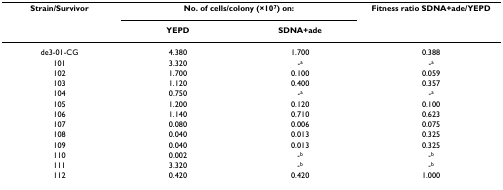
<table><thead><tr><td><b>Strain/Survivor</b></td><td colspan="2"><b>No. of cells/colony (×10<sup>7</sup>) on:</b></td><td><b>Fitness ratio SDNA+ade/YEPD</b></td></tr><tr><td></td><td><b>YEPD</b></td><td><b>SDNA+ade</b></td><td></td></tr></thead><tbody><tr><td>de3-01-CG</td><td>4.380</td><td>1.700</td><td>0.388</td></tr><tr><td>101</td><td>3.320</td><td>-<sup>a</sup></td><td>-<sup>a</sup></td></tr><tr><td>102</td><td>1.700</td><td>0.100</td><td>0.059</td></tr><tr><td>103</td><td>1.120</td><td>0.400</td><td>0.357</td></tr><tr><td>104</td><td>0.750</td><td>-<sup>a</sup></td><td>-<sup>a</sup></td></tr><tr><td>105</td><td>1.200</td><td>0.120</td><td>0.100</td></tr><tr><td>106</td><td>1.140</td><td>0.710</td><td>0.623</td></tr><tr><td>107</td><td>0.080</td><td>0.006</td><td>0.075</td></tr><tr><td>108</td><td>0.040</td><td>0.013</td><td>0.325</td></tr><tr><td>109</td><td>0.040</td><td>0.013</td><td>0.325</td></tr><tr><td>110</td><td>0.002</td><td>-<sup>b</sup></td><td>-<sup>b</sup></td></tr><tr><td>111</td><td>3.320</td><td>-<sup>b</sup></td><td>-<sup>b</sup></td></tr><tr><td>112</td><td>0.420</td><td>0.420</td><td>1.000</td></tr></tbody></table>